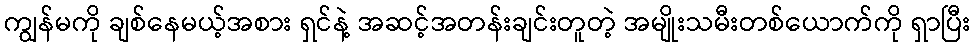
ကျွန်မကို ချစ်နေမယ့်အစား ရှင်နဲ့ အဆင့်အတန်းချင်းတူတဲ့ အမျိုးသမီးတစ်ယောက်ကို ရှာပြီး